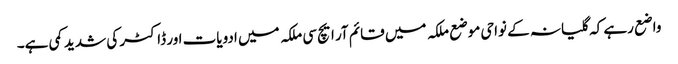
واضع رہے کہ گلیانہ کے نواحی موضع ملکہ میں قائم آر ایچ سی ملکہ میں ادویات اور ڈاکٹر کی شدید کمی ہے۔